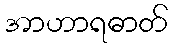
အာဟာရဓာတ်